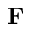
\mathbf { F }